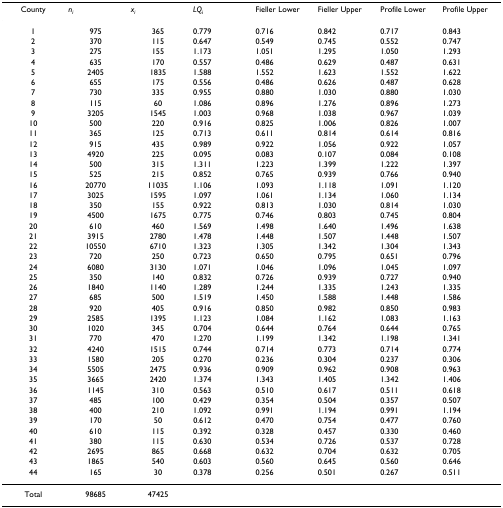
<table><thead><tr><td><b>County</b></td><td><b><i>n</i><sub><i>i</i></sub></b></td><td><b><i>x</i><sub><i>i</i></sub></b></td><td><b><i>LQ</i><sub><i>i</i></sub></b></td><td><b>Fieller Lower</b></td><td><b>Fieller Upper</b></td><td><b>Profile Lower</b></td><td><b>Profile Upper</b></td></tr></thead><tbody><tr><td>1</td><td>975</td><td>365</td><td>0.779</td><td>0.716</td><td>0.842</td><td>0.717</td><td>0.843</td></tr><tr><td>2</td><td>370</td><td>115</td><td>0.647</td><td>0.549</td><td>0.745</td><td>0.552</td><td>0.747</td></tr><tr><td>3</td><td>275</td><td>155</td><td>1.173</td><td>1.051</td><td>1.295</td><td>1.050</td><td>1.293</td></tr><tr><td>4</td><td>635</td><td>170</td><td>0.557</td><td>0.486</td><td>0.629</td><td>0.487</td><td>0.631</td></tr><tr><td>5</td><td>2405</td><td>1835</td><td>1.588</td><td>1.552</td><td>1.623</td><td>1.552</td><td>1.622</td></tr><tr><td>6</td><td>655</td><td>175</td><td>0.556</td><td>0.486</td><td>0.626</td><td>0.487</td><td>0.628</td></tr><tr><td>7</td><td>730</td><td>335</td><td>0.955</td><td>0.880</td><td>1.030</td><td>0.880</td><td>1.030</td></tr><tr><td>8</td><td>115</td><td>60</td><td>1.086</td><td>0.896</td><td>1.276</td><td>0.896</td><td>1.273</td></tr><tr><td>9</td><td>3205</td><td>1545</td><td>1.003</td><td>0.968</td><td>1.038</td><td>0.967</td><td>1.039</td></tr><tr><td>10</td><td>500</td><td>220</td><td>0.916</td><td>0.825</td><td>1.006</td><td>0.826</td><td>1.007</td></tr><tr><td>11</td><td>365</td><td>125</td><td>0.713</td><td>0.611</td><td>0.814</td><td>0.614</td><td>0.816</td></tr><tr><td>12</td><td>915</td><td>435</td><td>0.989</td><td>0.922</td><td>1.056</td><td>0.922</td><td>1.057</td></tr><tr><td>13</td><td>4920</td><td>225</td><td>0.095</td><td>0.083</td><td>0.107</td><td>0.084</td><td>0.108</td></tr><tr><td>14</td><td>500</td><td>315</td><td>1.311</td><td>1.223</td><td>1.399</td><td>1.222</td><td>1.397</td></tr><tr><td>15</td><td>525</td><td>215</td><td>0.852</td><td>0.765</td><td>0.939</td><td>0.766</td><td>0.940</td></tr><tr><td>16</td><td>20770</td><td>11035</td><td>1.106</td><td>1.093</td><td>1.118</td><td>1.091</td><td>1.120</td></tr><tr><td>17</td><td>3025</td><td>1595</td><td>1.097</td><td>1.061</td><td>1.134</td><td>1.060</td><td>1.134</td></tr><tr><td>18</td><td>350</td><td>155</td><td>0.922</td><td>0.813</td><td>1.030</td><td>0.814</td><td>1.030</td></tr><tr><td>19</td><td>4500</td><td>1675</td><td>0.775</td><td>0.746</td><td>0.803</td><td>0.745</td><td>0.804</td></tr><tr><td>20</td><td>610</td><td>460</td><td>1.569</td><td>1.498</td><td>1.640</td><td>1.496</td><td>1.638</td></tr><tr><td>21</td><td>3915</td><td>2780</td><td>1.478</td><td>1.448</td><td>1.507</td><td>1.448</td><td>1.507</td></tr><tr><td>22</td><td>10550</td><td>6710</td><td>1.323</td><td>1.305</td><td>1.342</td><td>1.304</td><td>1.343</td></tr><tr><td>23</td><td>720</td><td>250</td><td>0.723</td><td>0.650</td><td>0.795</td><td>0.651</td><td>0.796</td></tr><tr><td>24</td><td>6080</td><td>3130</td><td>1.071</td><td>1.046</td><td>1.096</td><td>1.045</td><td>1.097</td></tr><tr><td>25</td><td>350</td><td>140</td><td>0.832</td><td>0.726</td><td>0.939</td><td>0.727</td><td>0.940</td></tr><tr><td>26</td><td>1840</td><td>1140</td><td>1.289</td><td>1.244</td><td>1.335</td><td>1.243</td><td>1.335</td></tr><tr><td>27</td><td>685</td><td>500</td><td>1.519</td><td>1.450</td><td>1.588</td><td>1.448</td><td>1.586</td></tr><tr><td>28</td><td>920</td><td>405</td><td>0.916</td><td>0.850</td><td>0.982</td><td>0.850</td><td>0.983</td></tr><tr><td>29</td><td>2585</td><td>1395</td><td>1.123</td><td>1.084</td><td>1.162</td><td>1.083</td><td>1.163</td></tr><tr><td>30</td><td>1020</td><td>345</td><td>0.704</td><td>0.644</td><td>0.764</td><td>0.644</td><td>0.765</td></tr><tr><td>31</td><td>770</td><td>470</td><td>1.270</td><td>1.199</td><td>1.342</td><td>1.198</td><td>1.341</td></tr><tr><td>32</td><td>4240</td><td>1515</td><td>0.744</td><td>0.714</td><td>0.773</td><td>0.714</td><td>0.774</td></tr><tr><td>33</td><td>1580</td><td>205</td><td>0.270</td><td>0.236</td><td>0.304</td><td>0.237</td><td>0.306</td></tr><tr><td>34</td><td>5505</td><td>2475</td><td>0.936</td><td>0.909</td><td>0.962</td><td>0.908</td><td>0.963</td></tr><tr><td>35</td><td>3665</td><td>2420</td><td>1.374</td><td>1.343</td><td>1.405</td><td>1.342</td><td>1.406</td></tr><tr><td>36</td><td>1145</td><td>310</td><td>0.563</td><td>0.510</td><td>0.617</td><td>0.511</td><td>0.618</td></tr><tr><td>37</td><td>485</td><td>100</td><td>0.429</td><td>0.354</td><td>0.504</td><td>0.357</td><td>0.507</td></tr><tr><td>38</td><td>400</td><td>210</td><td>1.092</td><td>0.991</td><td>1.194</td><td>0.991</td><td>1.194</td></tr><tr><td>39</td><td>170</td><td>50</td><td>0.612</td><td>0.470</td><td>0.754</td><td>0.477</td><td>0.760</td></tr><tr><td>40</td><td>610</td><td>115</td><td>0.392</td><td>0.328</td><td>0.457</td><td>0.330</td><td>0.460</td></tr><tr><td>41</td><td>380</td><td>115</td><td>0.630</td><td>0.534</td><td>0.726</td><td>0.537</td><td>0.728</td></tr><tr><td>42</td><td>2695</td><td>865</td><td>0.668</td><td>0.632</td><td>0.704</td><td>0.632</td><td>0.705</td></tr><tr><td>43</td><td>1865</td><td>540</td><td>0.603</td><td>0.560</td><td>0.645</td><td>0.560</td><td>0.646</td></tr><tr><td>44</td><td>165</td><td>30</td><td>0.378</td><td>0.256</td><td>0.501</td><td>0.267</td><td>0.511</td></tr><tr><td>Total</td><td>98685</td><td>47425</td><td></td><td></td><td></td><td></td><td></td></tr></tbody></table>